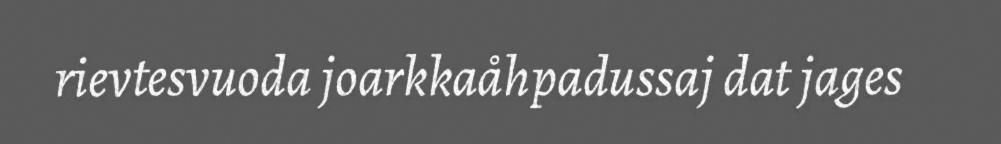
rievtesvuoda joarkkaåhpadussaj dat jages